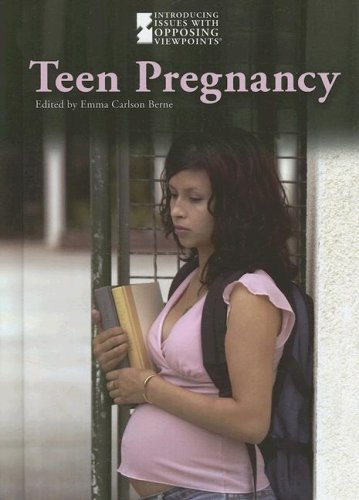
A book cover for Teen Pregnancy (Introducing Issues with Opposing Viewpoints); Teen & Young Adult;